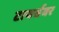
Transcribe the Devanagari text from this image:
टायर्सवर